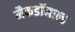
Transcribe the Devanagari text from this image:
मैकडॉनाल्ड